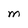
Character: M